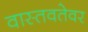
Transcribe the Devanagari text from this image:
वास्तवतेवर